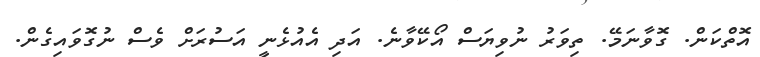
އޮތްކަން. ގޮވާނަމޭ. ތިވަރު ނުވިޔަސް އޯކޭވާނެ. އަދި އެއުޅެނީ އަސުރަށް ވެސް ނުގޮވައިގެން.